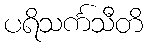
ပရိသင်္ကသီတိ